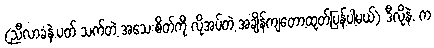
(ညီလာခံနဲ.ပတ် သက်တဲ့ အသေးစိတ်ကို လိုအပ်တဲ့ အချိန်ကျတော့ထုတ်ပြန်ပါ့မယ်) ဒီလိုနဲ. က